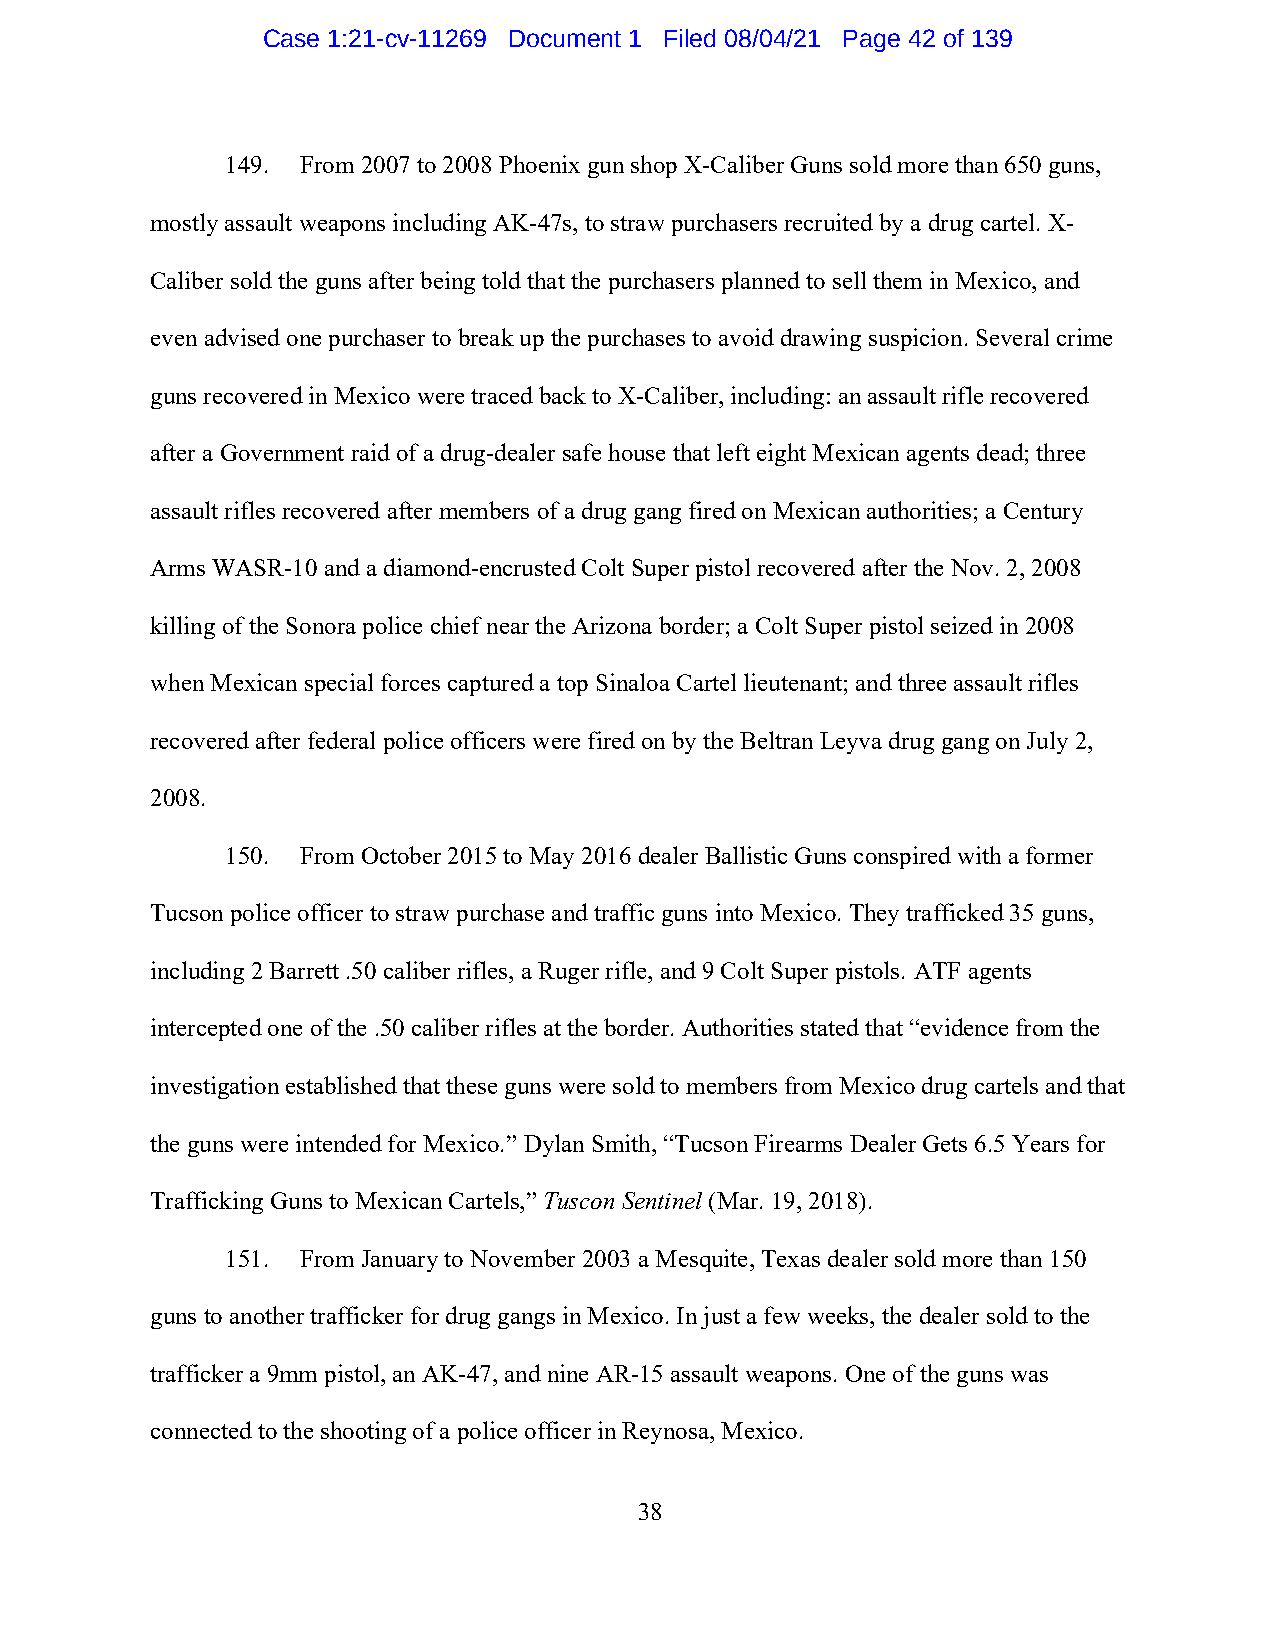
Case 1:21-cv-11269 Document 1 Filed 08/04/21 Page 42 of 139
 149. From 2007 to 2008 Phoenix gun shop X-Caliber Guns sold more than 650 guns,
 mostly assault weapons including AK-47s, to straw purchasers recruited by a drug cartel. X-
 Caliber sold the guns after being told that the purchasers planned to sell them in Mexico, and
 even advised one purchaser to break up the purchases to avoid drawing suspicion. Several crime
 guns recovered in Mexico were traced back to X-Caliber, including: an assault rifle recovered
 after a Government raid of a drug-dealer safe house that left eight Mexican agents dead; three
 assault rifles recovered after members of a drug gang fired on Mexican authorities; a Century
 Arms WASR-10 and a diamond-encrusted Colt Super pistol recovered after the Nov. 2, 2008
 killing of the Sonora police chief near the Arizona border; a Colt Super pistol seized in 2008
 when Mexican special forces captured a top Sinaloa Cartel lieutenant; and three assault rifles
 recovered after federal police officers were fired on by the Beltran Leyva drug gang on July 2,
 2008.
 150. From October 2015 to May 2016 dealer Ballistic Guns conspired with a former
 Tucson police officer to straw purchase and traffic guns into Mexico. They trafficked 35 guns,
 including 2 Barrett .50 caliber rifles, a Ruger rifle, and 9 Colt Super pistols. ATF agents
 intercepted one of the .50 caliber rifles at the border. Authorities stated that “evidence from the
 investigation established that these guns were sold to members from Mexico drug cartels and that
 the guns were intended for Mexico.” Dylan Smith, “Tucson Firearms Dealer Gets 6.5 Years for
 Trafficking Guns to Mexican Cartels,” Tuscon Sentinel (Mar. 19, 2018).
 151. From January to November 2003 a Mesquite, Texas dealer sold more than 150
 guns to another trafficker for drug gangs in Mexico. In just a few weeks, the dealer sold to the
 trafficker a 9mm pistol, an AK-47, and nine AR-15 assault weapons. One of the guns was
 connected to the shooting of a police officer in Reynosa, Mexico.
 38